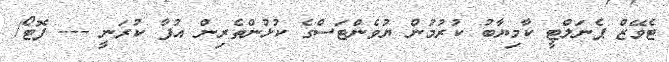
ޓެވޭޒް ޕެނަލްޓީ ކާމިޔާބު ކުރުމުން ޔުވެންޓަސްގެ ކުޅުންތެރިން އުފާ ކުރަނީ --- ފޮޓޯ/